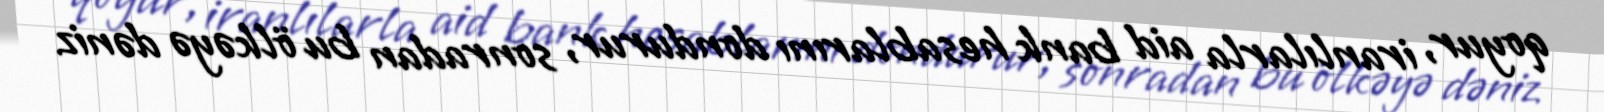
qoyur, iranlılarla aid bank hesablarını dondurur, sonradan bu ölkəyə dəniz